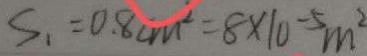
S _ { 1 } = 0 . 8 c m ^ { 2 } = 8 \times 1 0 ^ { - 5 } m ^ { 2 }